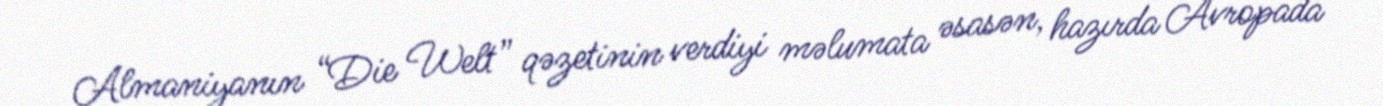
Almaniyanın “Die Welt” qəzetinin verdiyi məlumata əsasən, hazırda Avropada